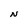
Character: N